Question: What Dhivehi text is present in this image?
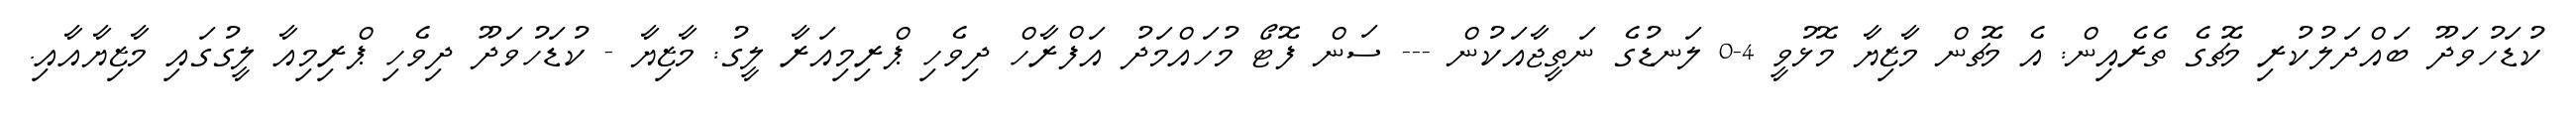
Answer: ކުޑަހުވަދޫ ބައްދަލުކުރި މެޗުގެ ތެރެއިން: އެ މެޗުން މާޒިޔާ މޮޅުވީ 4-0 ލަނޑުގެ ނަތީޖާއަކުން --- ސަން ފޮޓޯ މުހައްމަދު އަފްރާހް ދިވެހި ޕްރިމިއަރާ ލީގު: މާޒިޔާ - ކުޑަހުވަދޫ ދިވެހި ޕްރިމިއާ ލީގުގައި މާޒިޔާއާއި.